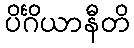
ပိင်္ဂိယာနီတိ